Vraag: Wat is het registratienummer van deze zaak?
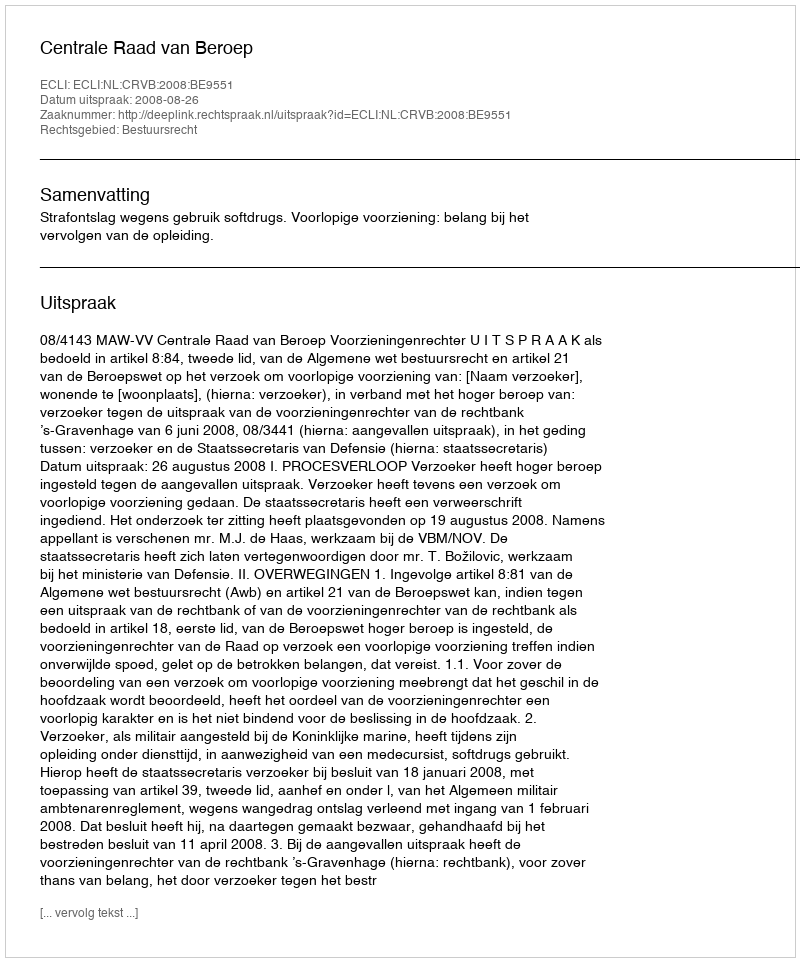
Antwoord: http://deeplink.rechtspraak.nl/uitspraak?id=ECLI:NL:CRVB:2008:BE9551